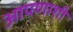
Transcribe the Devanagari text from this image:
आपणाशी